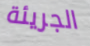
الجريئة